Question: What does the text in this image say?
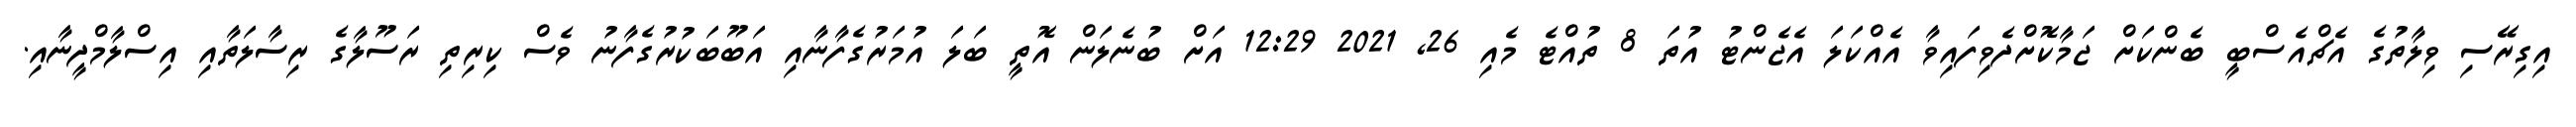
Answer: އިގިރޭސި ވިލާތުގެ އެޗްއެސްބީ ބެންކަށް ޖަމާކޮށްދެވިފައިވާ އެއްކަލަ އެޖެންޓު އުތަ 8 ތުއްޓެ މެއި 26, 2021 12:29 އަށް ބުނެލަން އޮތީ ބަލަ އުމަރުގެފާނާއި އަބޫބަކުރުގެފާނު ވެސް ކިރިތި ރަސޫލާގެ ރިސާލަތާއި އިސްލާމްދީނާއި.